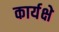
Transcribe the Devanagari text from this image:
कार्यक्षे